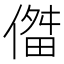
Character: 𫣔